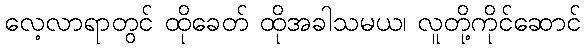
လေ့လာရာတွင် ထိုခေတ် ထိုအခါသမယ၊ လူတို့ကိုင်ဆောင်